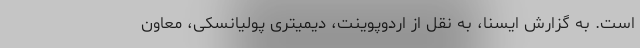
است. به گزارش ایسنا، به نقل از اردوپوینت، دیمیتری پولیانسکی، معاون